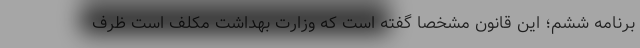
برنامه ششم؛ این قانون مشخصا گفته است که وزارت بهداشت مکلف است ظرف